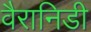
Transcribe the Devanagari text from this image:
वैरानिडी